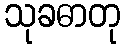
သုခဓာတု